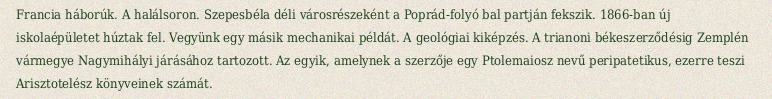
Francia háborúk. A halálsoron. Szepesbéla déli városrészeként a Poprád-folyó bal partján fekszik. 1866-ban új iskolaépületet húztak fel. Vegyünk egy másik mechanikai példát. A geológiai kiképzés. A trianoni békeszerződésig Zemplén vármegye Nagymihályi járásához tartozott. Az egyik, amelynek a szerzője egy Ptolemaiosz nevű peripatetikus, ezerre teszi Arisztotelész könyveinek számát.